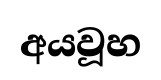
අයවූහ